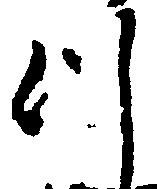
つ